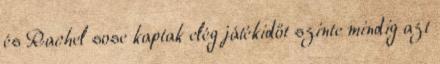
és Rachel sose kaptak elég játékidőt szinte mindig azt